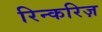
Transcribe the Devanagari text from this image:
रिन्करिज़